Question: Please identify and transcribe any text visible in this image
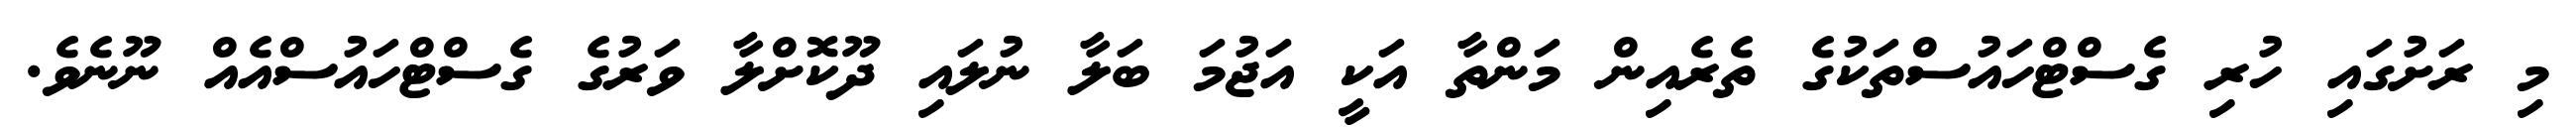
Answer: މި ރަށުގައި ހުރި ގެސްޓްހައުސްތަކުގެ ތެރެއިން މަންތާ އަކީ އަޖުމަ ބަލާ ނުލައި ދޫކޮށްލާ ވަރުގެ ގެސްޓްހައުސްއެއް ނޫނެވެ.